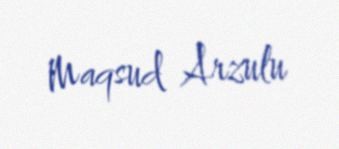
Maqsud Arzulu